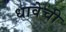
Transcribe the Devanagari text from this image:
धावेची